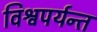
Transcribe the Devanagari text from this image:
विश्वपर्यन्त